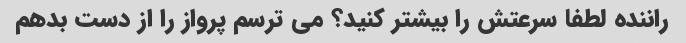
راننده لطفا سرعتش را بیشتر کنید؟ می ترسم پرواز را از دست بدهم